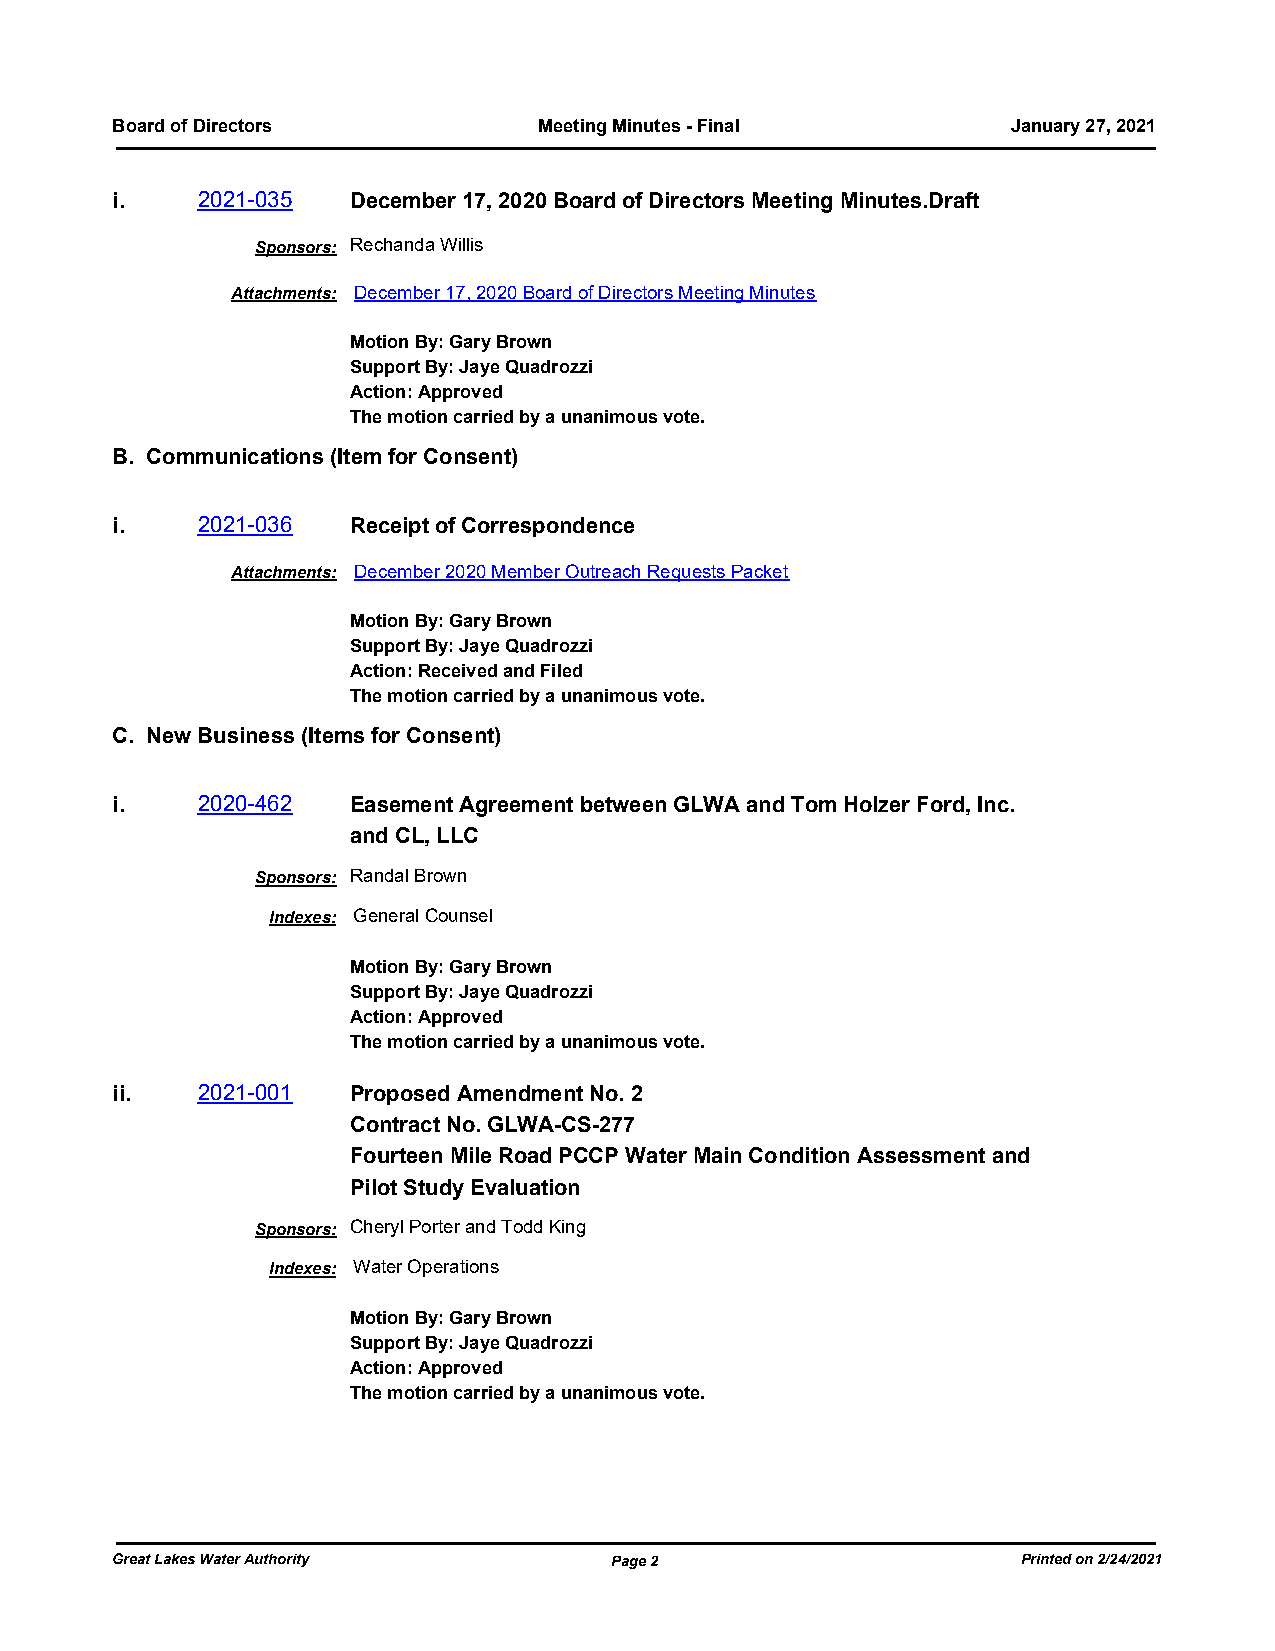
Board of Directors           Meeting Minutes - Final        January 27, 2021
 i.    2021-035  December 17, 2020 Board of Directors Meeting Minutes.Draft
 Sponsors: Rechanda Willis
 Attachments: December 17, 2020 Board of Directors Meeting Minutes
 Motion By: Gary Brown
 Support By: Jaye Quadrozzi
 Action: Approved
 The motion carried by a unanimous vote.
 B. Communications (Item for Consent)
 i.    2021-036  Receipt of Correspondence
 Attachments: December 2020 Member Outreach Requests Packet
 Motion By: Gary Brown
 Support By: Jaye Quadrozzi
 Action: Received and Filed
 The motion carried by a unanimous vote.
 C. New Business (Items for Consent)
 i.    2020-462  Easement Agreement between GLWA and Tom Holzer Ford, Inc.
 and CL, LLC
 Sponsors: Randal Brown
 Indexes: General Counsel
 Motion By: Gary Brown
 Support By: Jaye Quadrozzi
 Action: Approved
 The motion carried by a unanimous vote.
 ii.   2021-001  Proposed Amendment No. 2
 Contract No. GLWA-CS-277
 Fourteen Mile Road PCCP Water Main Condition Assessment and
 Pilot Study Evaluation
 Sponsors: Cheryl Porter and Todd King
 Indexes: Water Operations
 Motion By: Gary Brown
 Support By: Jaye Quadrozzi
 Action: Approved
 The motion carried by a unanimous vote.
 Great Lakes Water Authority      Page 2                      Printed on 2/24/2021